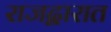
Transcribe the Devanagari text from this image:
राजद्वारात